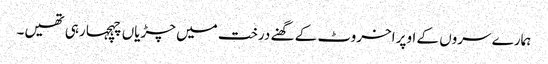
ہمارے سروں کے اوپر اخروٹ کے گھنے درخت میں چڑیاں چہچہا رہی تھیں۔